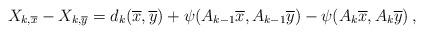
LaTeX: \begin{align*}X_{k, \overline x}-X_{k, \overline y}=d_k(\overline x,\overline y) +\psi(A_{k-1} \overline x, A_{k-1}\overline y)- \psi(A_{k} \overline x, A_{k} \overline y) \, ,\end{align*}